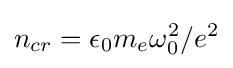
{n_{cr}=\epsilon _{0}m_{e}\omega _{0}^{2}/e^{2}}